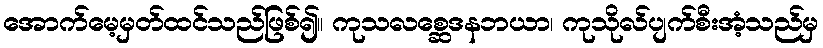
အောက်မေ့မှတ်ထင်သည်ဖြစ်၍။ ကုသလစ္ဆေဒနဘယာ၊ ကုသိုလ်ပျက်စီးအံ့သည်မှ